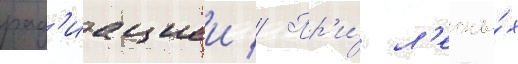
рад'иациеи // Пр'и́ л'есны́х